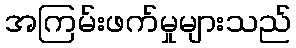
အကြမ်းဖက်မှုများသည်